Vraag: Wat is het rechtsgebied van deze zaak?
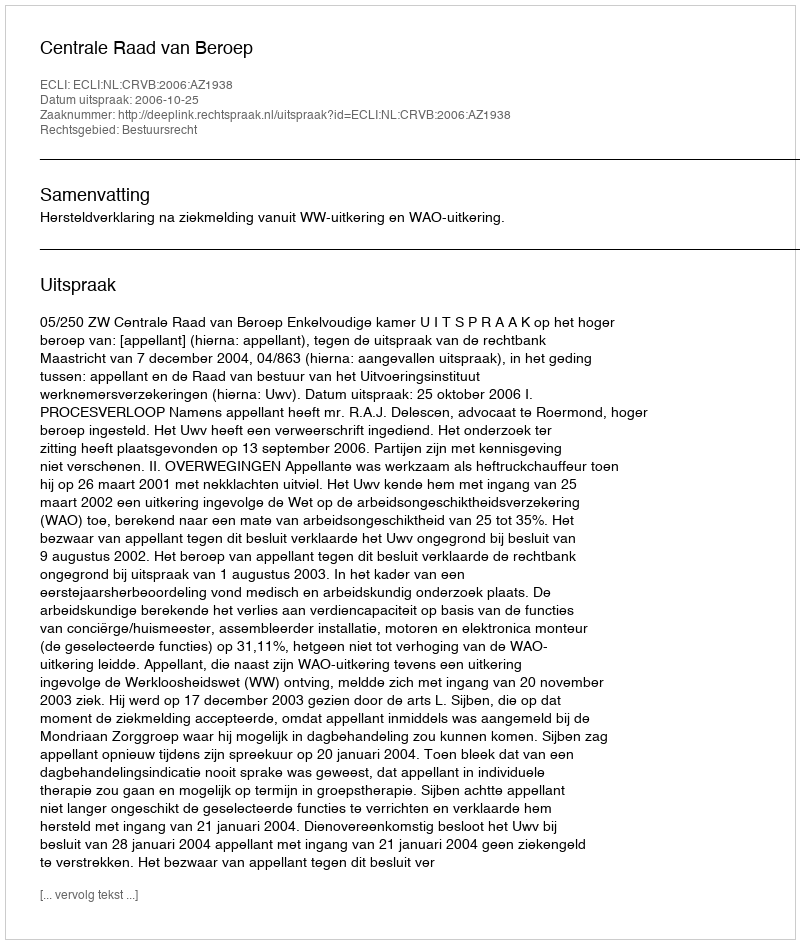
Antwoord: Bestuursrecht